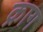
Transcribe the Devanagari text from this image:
क्राग